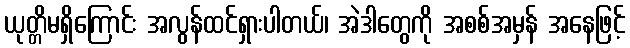
ယုတ္တိမရှိကြောင်း အလွန်ထင်ရှားပါတယ်၊ အဲဒါတွေကို အစစ်အမှန် အနေဖြင့်